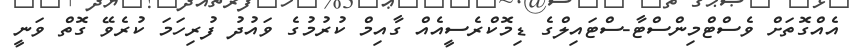
އެއްގޮތަށް ވެސްޓްމިންސްޓާ-ސްޓައިލްގެ ޑިމޮކްރެސީއެއް ގާއިމް ކުރުމުގެ ވައުދު ފުރިހަމަ ކުރެވޭ ގޮތް ވަނީ